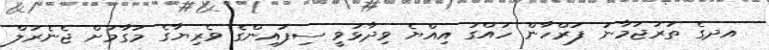
އދގެ ތަރުޖަމާނު ފަރްހާން ހައްގު އިއްޔެ ވިދާޅުވީ ސިފައިންގެ ވެރިޔާގެ މަގާމަށް ޖެނެރަލް